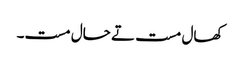
کھال مست تے حال مست۔